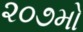
૨૦૭મો